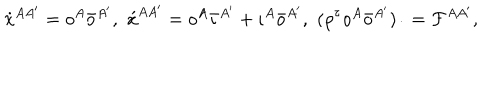
\dot { x } ^ { A A ^ { \prime } } = o ^ { A } \bar { o } ^ { A ^ { \prime } } , \, \, \acute { x } ^ { A A ^ { \prime } } = o ^ { A } \bar { \iota } ^ { A ^ { \prime } } + \iota ^ { A } \bar { o } ^ { A ^ { \prime } } , \, \, ( \rho ^ { \tau } o ^ { A } \bar { o } ^ { A ^ { \prime } } ) \dot { } = { \cal F } ^ { A A ^ { \prime } } ,